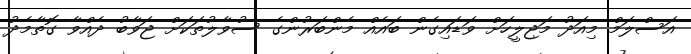
އަސްލަމް މިއަދު މަޖިލީހަށް ވަޑައިގެން ބައެއް މެންބަރުންގެ ސުވާލުތަކަށް ޖަވާބު ދެއްވާ ގޮތާމެދު